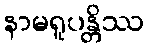
နာမရူပန္တိဿ